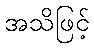
အသိဖြင့်